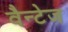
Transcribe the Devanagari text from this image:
वैन्टेज